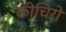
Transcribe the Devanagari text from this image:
कीचिरो